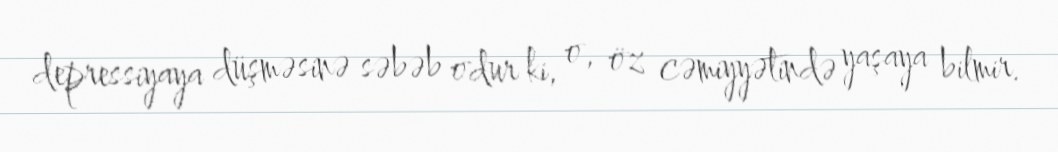
depressiyaya düşməsinə səbəb odur ki, o, öz cəmiyyətində yaşaya bilmir.